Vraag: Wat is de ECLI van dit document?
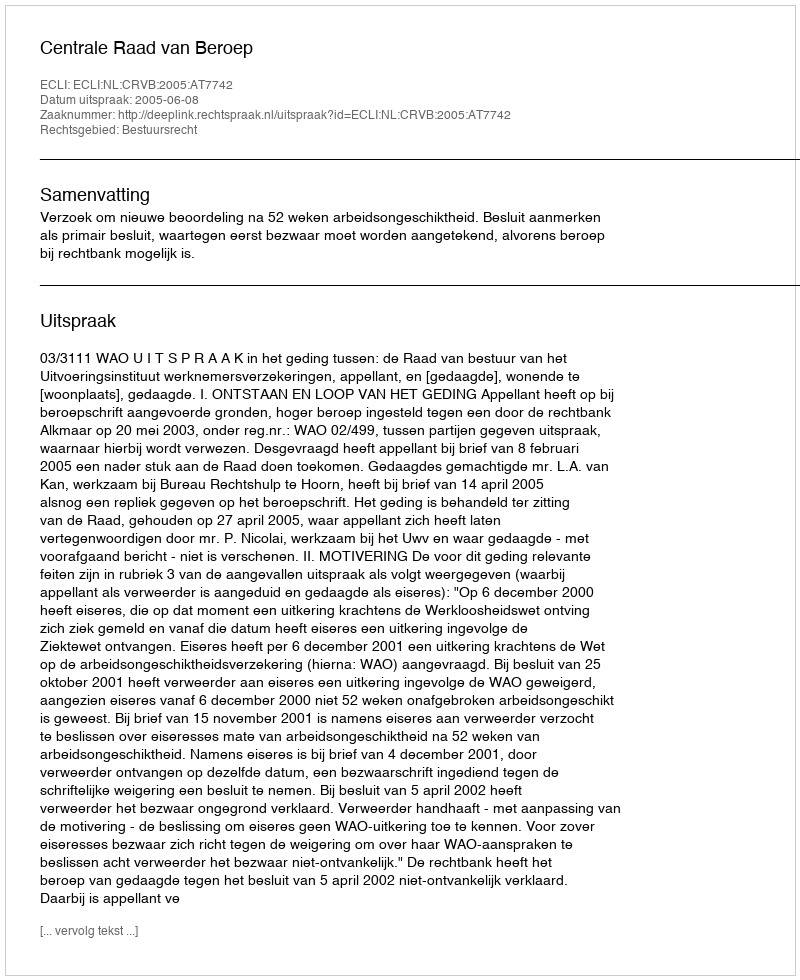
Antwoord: ECLI:NL:CRVB:2005:AT7742